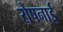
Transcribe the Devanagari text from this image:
रोषनाई